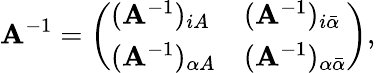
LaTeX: {\mathbf A}^{-1}=\left(\begin{array}{ll}{({\mathbf A}^{-1})_{iA}}&{({\mathbf A}^{-1})_{i\bar{\alpha}}}\\ {({\mathbf A}^{-1})_{\alpha A}}&{({\mathbf A}^{-1})_{\alpha\bar{\alpha}}}\end{array}\right),